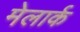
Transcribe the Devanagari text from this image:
मेलार्क